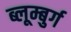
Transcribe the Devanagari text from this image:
ब्लूम्बुर्ग